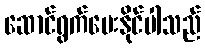
ဆောင်ရွက်ပေးနိုင်ပါသည်